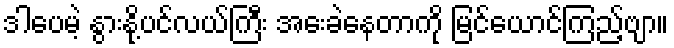
ဒါပေမဲ့ နွားနို့ပင်လယ်ကြီး အေးခဲနေတာကို မြင်ယောင်ကြည့်ဗျာ။